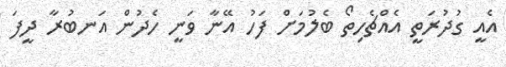
އެއީ ގުދުރަތީ އެއްޗެހިތޯ ބެލުމަށް ފަހު އޭނާ ވަނީ ހެދުން އަނބުރާ ދީފަ